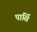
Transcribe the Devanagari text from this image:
पार्सि